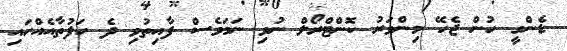
ޑެންގީ ހުން ޖެހޭ މިންވަރު ކޮންޓްރޯލް ނުވި ނަމަވެސް ފާއިތުވި ދެ ހަފުތާއެއްހައި